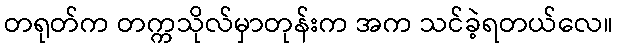
တရုတ်က တက္ကသိုလ်မှာတုန်းက အက သင်ခဲ့ရတယ်လေ။